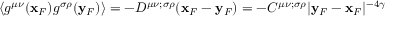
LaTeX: \langle g ^ { \mu \nu } ( { \bf x } _ { F } ) g ^ { \sigma \rho } ( { \bf y } _ { F } ) \rangle = - D ^ { \mu \nu ; \sigma \rho } ( { \bf x } _ { F } - { \bf y } _ { F } ) = - C ^ { \mu \nu ; \sigma \rho } \vert { \bf y } _ { F } - { \bf x } _ { F } \vert ^ { - 4 \gamma }